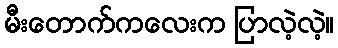
မီးတောက်ကလေးက ပြာလဲ့လဲ့။